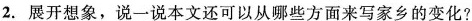
2.展开想象，说一说本文还可以从哪些方面来写家乡的变化?